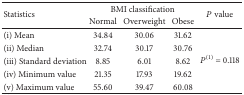
<table><thead><tr><td rowspan="2"><b>Statistics</b></td><td colspan="3"><b>BMI classification </b></td><td rowspan="2"><b><i>P</i> value</b></td></tr><tr><td><b>Normal</b></td><td><b>Overweight</b></td><td><b>Obese</b></td></tr></thead><tbody><tr><td>(i) Mean</td><td>34.84</td><td>30.06</td><td>31.62</td><td rowspan="5"><i>P</i><sup>(1)</sup> = 0.118</td></tr><tr><td>(ii) Median</td><td>32.74</td><td>30.17</td><td>30.76</td></tr><tr><td>(iii) Standard deviation</td><td>8.85</td><td>6.01</td><td>8.62</td></tr><tr><td>(iv) Minimum value</td><td>21.35</td><td>17.93</td><td>19.62</td></tr><tr><td>(v) Maximum value</td><td>55.60</td><td>39.47</td><td>60.08</td></tr></tbody></table>